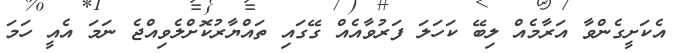
އެކަށީގެންވާ އަރާމެއް ލިބޭ ކަހަލަ ފަރުވާއެއް ގޭގައި ތައްޔާރުކޮށްލެވިއްޖެ ނަމަ އެއީ ހަމަ